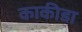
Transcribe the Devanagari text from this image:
काकीडा